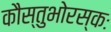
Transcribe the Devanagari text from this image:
कौस्तुभोरस्कः